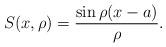
LaTeX: \begin{align*}S(x,\rho )=\frac{\sin \rho (x-a)}{\rho }. \end{align*}